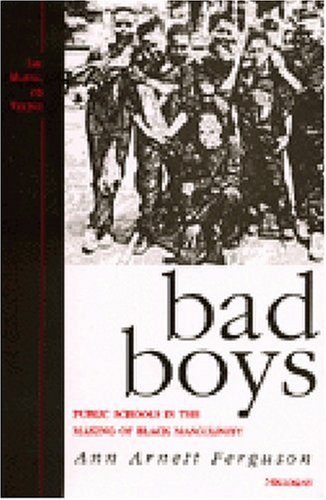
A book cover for Bad Boys: Public Schools in the Making of Black Masculinity (Law, Meaning, and Violence); Ann Arnett Ferguson; Gay & Lesbian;